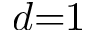
d { = } 1